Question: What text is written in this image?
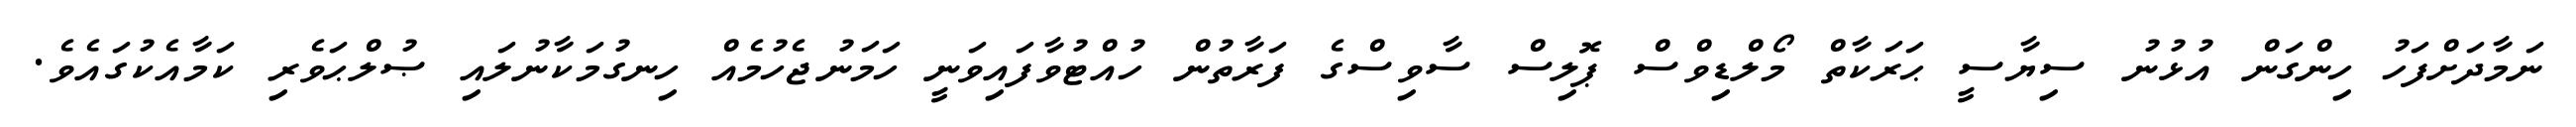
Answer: ނަމާދަށްފަހު ހިންގަން އުޅުނު ސިޔާސީ ޙަރަކާތް މޯލްޑިވްސް ޕޮލިސް ސާވިސްގެ ފަރާތުން ހުއްޓުވާފައިވަނީ ހަމަނުޖެހުމެއް ހިނގުމަކާނުލައި ޞުލްޙަވެރި ކަމާއެކުގައެވެ.